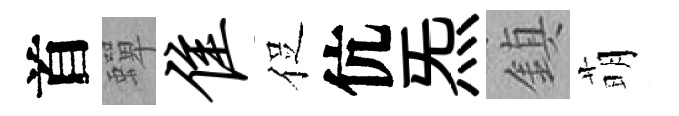
首蟬隹促伉炁鎮萌